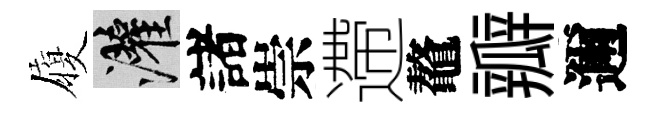
履灌諸崇遰鼇瓣邇